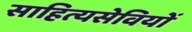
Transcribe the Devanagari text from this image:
साहित्यसेवियों